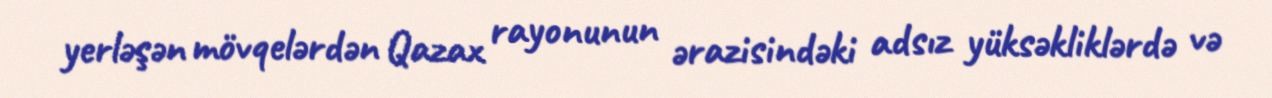
yerləşən mövqelərdən Qazax rayonunun ərazisindəki adsız yüksəkliklərdə və